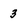
Character: 3